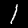
Label: 1